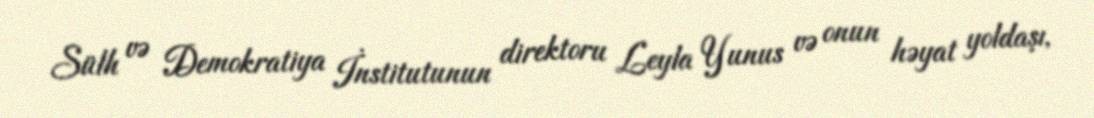
Sülh və Demokratiya İnstitutunun direktoru Leyla Yunus və onun həyat yoldaşı,